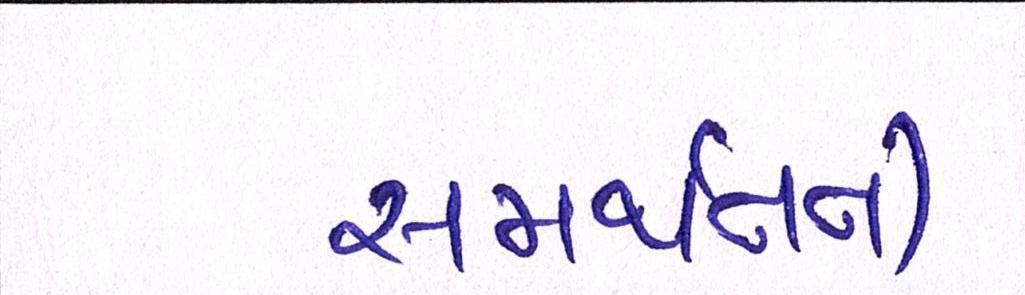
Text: સમર્થનની